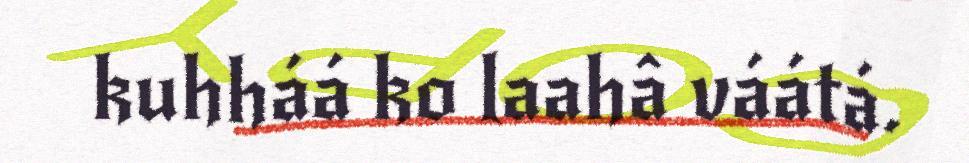
kuhháá ko laahâ váátá.